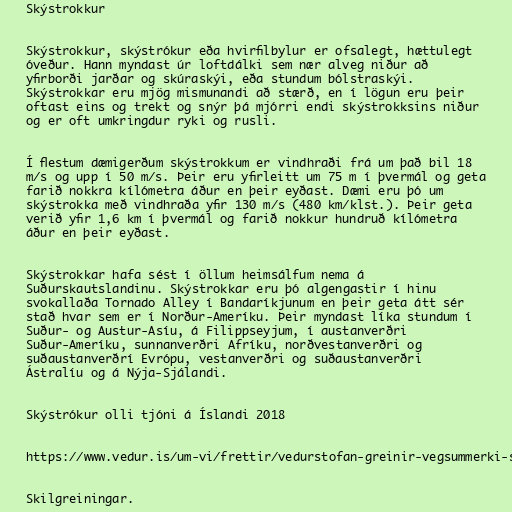
Skýstrokkur

Skýstrokkur, skýstrókur eða hvirfilbylur er ofsalegt, hættulegt
óveður. Hann myndast úr loftdálki sem nær alveg niður að
yfirborði jarðar og skúraskýi, eða stundum bólstraskýi.
Skýstrokkar eru mjög mismunandi að stærð, en í lögun eru þeir
oftast eins og trekt og snýr þá mjórri endi skýstrokksins niður
og er oft umkringdur ryki og rusli.

Í flestum dæmigerðum skýstrokkum er vindhraði frá um það bil 18
m/s og upp í 50 m/s. Þeir eru yfirleitt um 75 m í þvermál og geta
farið nokkra kílómetra áður en þeir eyðast. Dæmi eru þó um
skýstrokka með vindhraða yfir 130 m/s (480 km/klst.). Þeir geta
verið yfir 1,6 km í þvermál og farið nokkur hundruð kílómetra
áður en þeir eyðast.

Skýstrokkar hafa sést í öllum heimsálfum nema á
Suðurskautslandinu. Skýstrokkar eru þó algengastir í hinu
svokallaða Tornado Alley í Bandaríkjunum en þeir geta átt sér
stað hvar sem er í Norður-Ameríku. Þeir myndast líka stundum í
Suður- og Austur-Asíu, á Filippseyjum, í austanverðri
Suður-Ameríku, sunnanverðri Afríku, norðvestanverðri og
suðaustanverðrí Evrópu, vestanverðri og suðaustanverðri
Ástralíu og á Nýja-Sjálandi.

Skýstrókur olli tjóni á Íslandi 2018

https://www.vedur.is/um-vi/frettir/vedurstofan-greinir-vegsummerki-skystroka

Skilgreiningar.